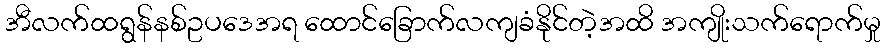
အီလက်ထရွန်နစ်ဥပဒေအရ ထောင်ခြောက်လကျခံနိုင်တဲ့အထိ အကျိုးသက်ရောက်မှု